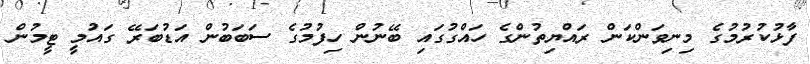
ފާޅުކުރުމުގެ މިނިވަންކަން ރައްޔިތުންގެ ހައްގުގައި ބޭނުން ހިފުމުގެ ސަބަބުން އަޑުބަރޭ ގައުމީ ޓީމުން